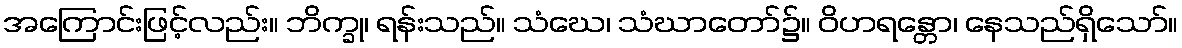
အကြောင်းဖြင့်လည်း။ ဘိက္ခု၊ ရန်းသည်။ သံဃေ၊ သံဃာတော်၌။ ဝိဟရန္တော၊ နေသည်ရှိသော်။